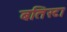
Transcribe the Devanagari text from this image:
बतिस्टा